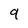
Character: 9